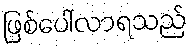
ဖြစ်ပေါ်လာရသည်